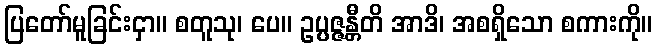
ပြတော်မူခြင်းငှာ။ စတူသု၊ ပေ။ ဥပ္ပဇ္ဇန္တီတိ အာဒိ၊ အစရှိသော စကားကို။